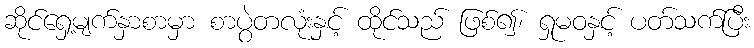
ဆိုင်ရှေ့မျက်နှာစာမှာ စာပွဲတလုံးနှင့် ထိုင်သည် ဖြစ်၍၊ ရှုမဝနှင့် ပတ်သက်ပြီး